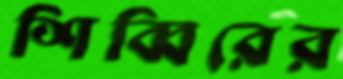
শিব্বিরের